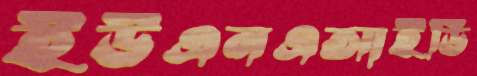
ইউএনএআইডি